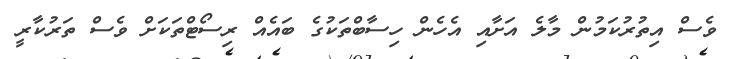
ވެސް އިތުރުކަމުން މާލެ އަށާއި އެހެން ހިސާބްތަކުގެ ބައެއް ރިސޯޓްތަކަށް ވެސް ތަރުކާރީ